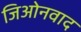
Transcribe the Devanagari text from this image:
जिओनवाद